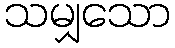
သမျှသော